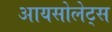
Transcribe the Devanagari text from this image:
आयसोलेट्स